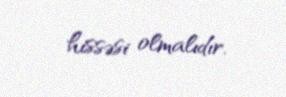
hissəsi olmalıdır.